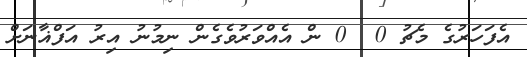
އެފަހަރުގެ މެޗު 0  0 ން އެއްވަރުވެގެން ނިމުނު އިރު އަފްޣާނަށް